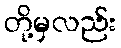
တို့မှလည်း